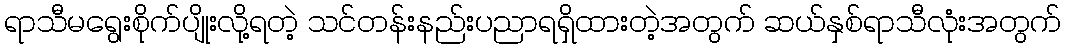
ရာသီမရွေးစိုက်ပျိုးလို့ရတဲ့ သင်တန်းနည်းပညာရရှိထားတဲ့အတွက် ဆယ်နှစ်ရာသီလုံးအတွက်